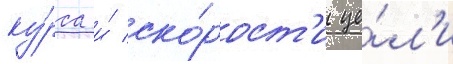
ку́рса и́ ско́рост'и це́л'и